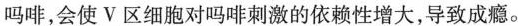
吗啡，会使V区细胞对吗啡刺激的依赖性增大，导致成瘾。